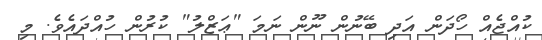
ކުއްޖެއް ހޯދަން އަދި ބޭނުން ނޫން ނަމަ "ޢަޒްލު" ކުރުން ހުއްދައެވެ. މި